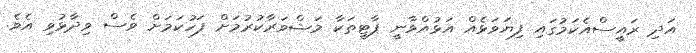
އަދި ރައީސްއެކަމުގައި ފިޔަވަޅެއް އަޅުއްވާނީ ޕާޓީތަކާ މަޝްވަރާކުރުމަށް ފަހުކަމަށް ވެސް ވިދާޅުވި އެވެ.